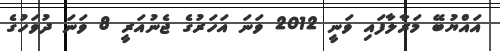
އައްޔުބޭ މަރާލާފައި ވަނީ 2012 ވަނަ އަހަރުގެ ޖެނުއަރީ 8 ވަނަ ދުވަހުގެ